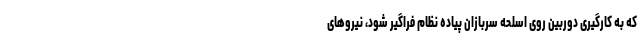
که به کارگیری دوربین روی اسلحه سربازان پیاده نظام فراگیر شود، نیروهای